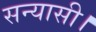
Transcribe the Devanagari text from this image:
सन्यासी।